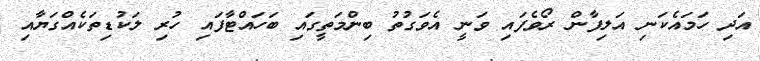
އަދި ހަމައެކަނި އަލިފާން ރޯވެފައި ވަނީ އެވަގުތު ބިންމަތީގައި ބަހައްޓާފައި ހުރި ލަކުޑިތަކެއްގަޔާއި